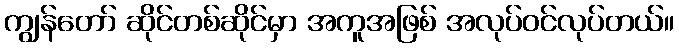
ကျွန်တော် ဆိုင်တစ်ဆိုင်မှာ အကူအဖြစ် အလုပ်ဝင်လုပ်တယ်။